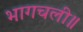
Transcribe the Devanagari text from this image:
भागचली॥